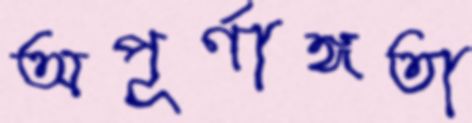
অপূর্ণাঙ্গতা